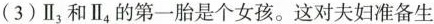
(3) $$II_{3}$$ 和I $$I_{4}$$ 的第一胎是个女孩。这对夫妇准备生